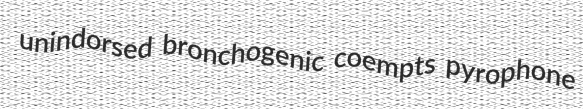
unindorsed bronchogenic coempts pyrophone